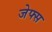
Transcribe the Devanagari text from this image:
जेफ्स